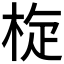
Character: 𣒀